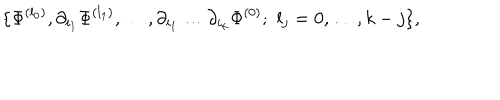
LaTeX: \{ \Phi ^ { ( l _ { 0 } ) } , \partial _ { i _ { 1 } } \Phi ^ { ( l _ { 1 } ) } , \ldots , \partial _ { i _ { 1 } } \dots \partial _ { i _ { k } } \Phi ^ { ( 0 ) } ; \, \, l _ { j } = 0 , \ldots , k - j \} ,